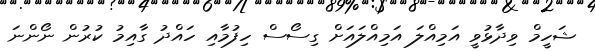
ޝަހީމް ވިދާޅުވީ އަމިއްލަ އަމިއްލައަށް ގިސޯސް ހިފުމާއި ހައްދު ގާއިމު ކުރުން ނޯންނަ